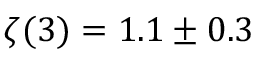
\zeta ( 3 ) = 1 . 1 \pm 0 . 3